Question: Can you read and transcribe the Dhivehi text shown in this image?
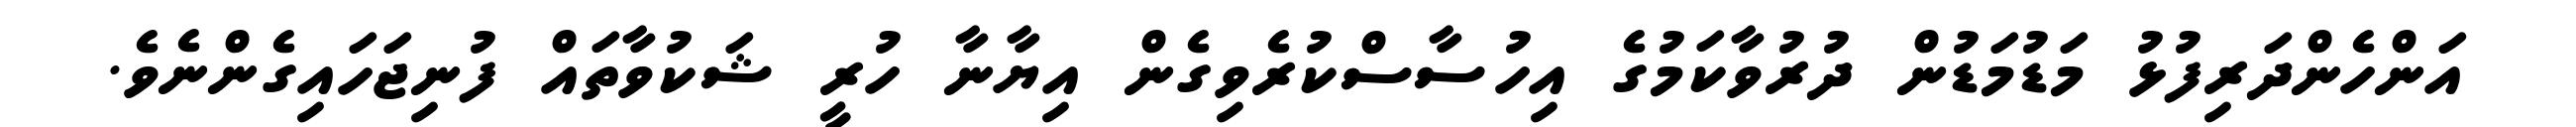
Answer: އަންހެންދަރިފުޅު މަޑުމަޑުން ދުރުވާކަމުގެ އިހުސާސްކުރެވިގެން އިޔާނާ ހުރީ ޝަކުވާތައް ފުނިޖަހައިގެންނެވެ.